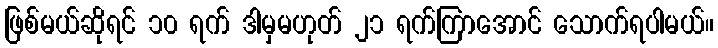
ဖြစ်မယ်ဆိုရင် ၁၀ ရက် ဒါမှမဟုတ် ၂၁ ရက်ကြာအောင် သောက်ရပါမယ်။